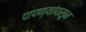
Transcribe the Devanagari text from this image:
पापण्यांपासून